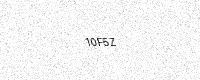
Text: 10F5Z